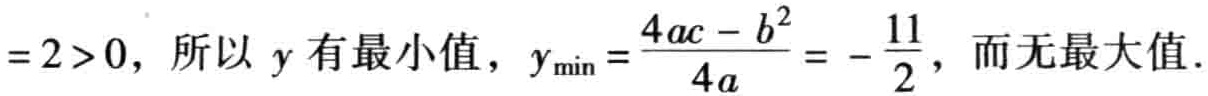
$=2>0，所以\ y\ 有最小值，y_{\min}=\frac{4ac - b^{2}}{4a}=-\frac{11}{2}，而无最大值.$